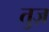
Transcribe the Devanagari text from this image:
तुज़